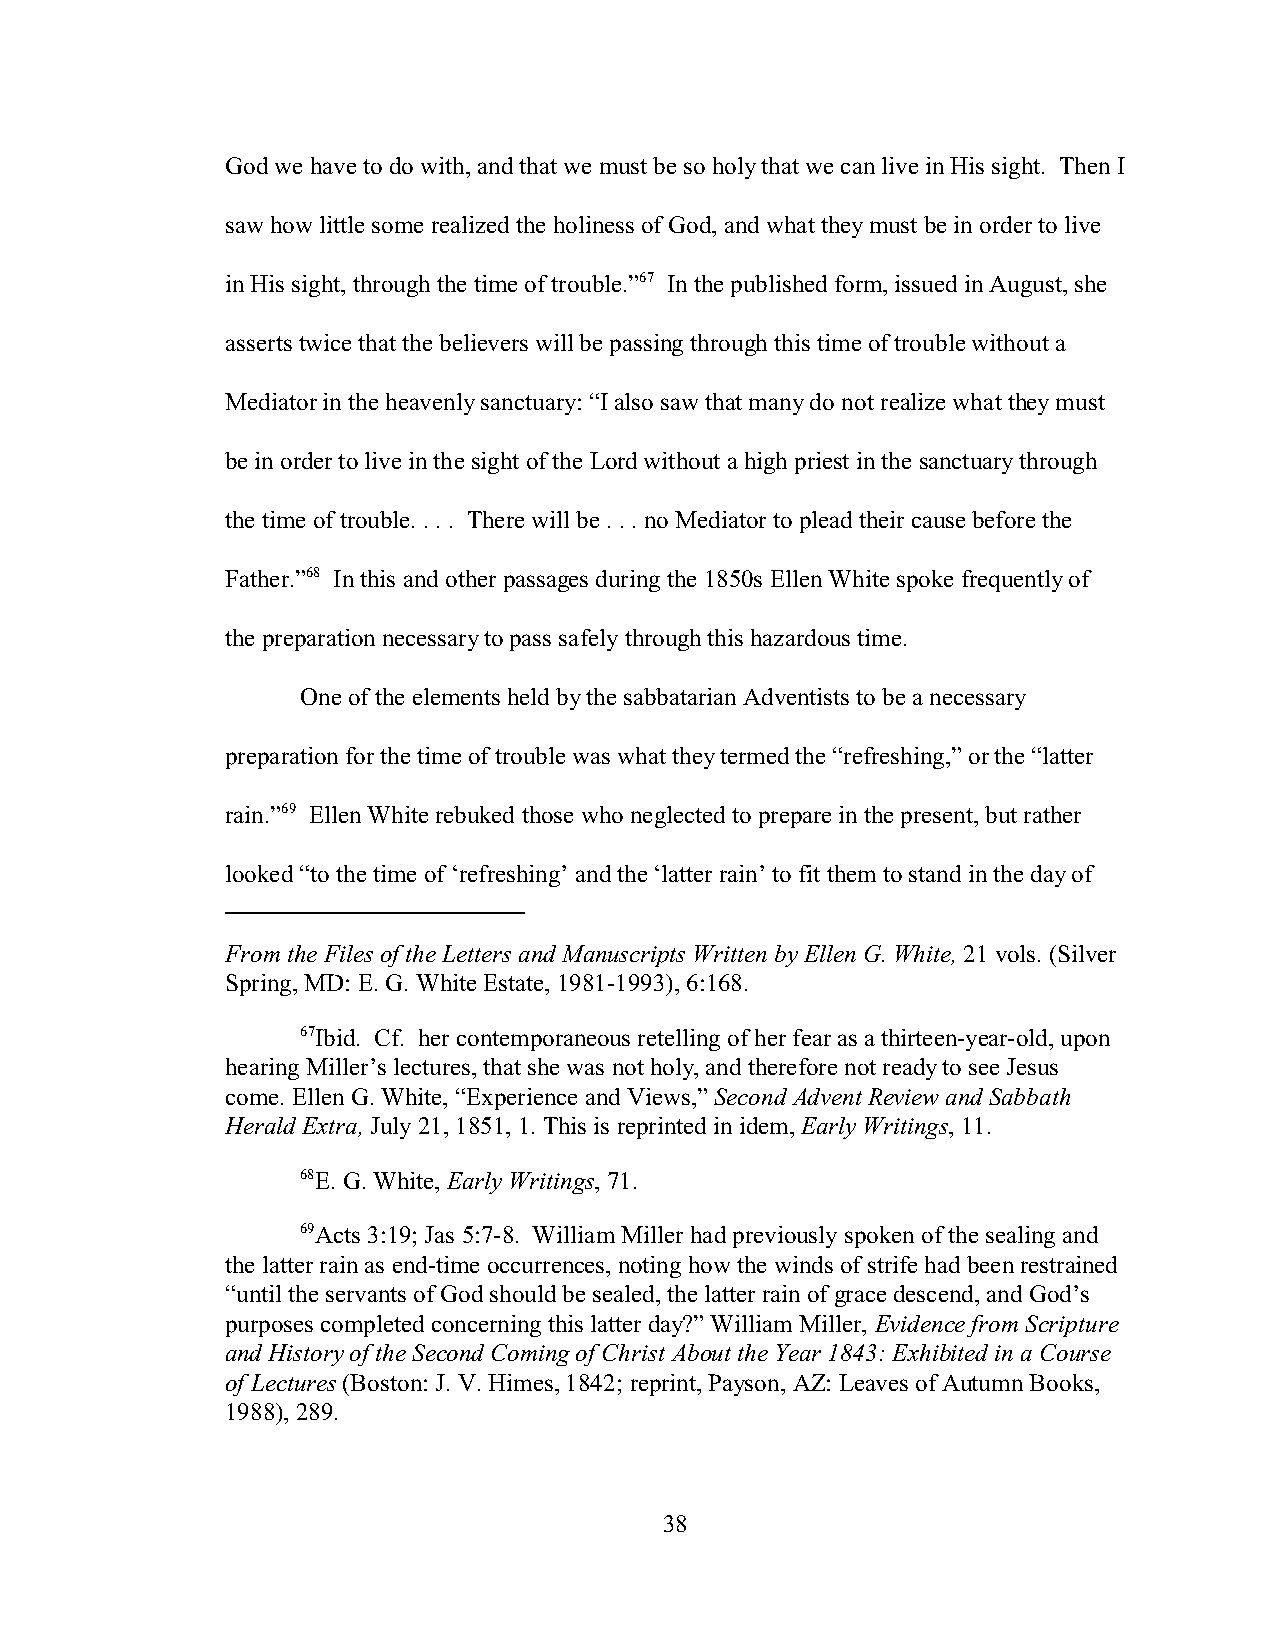
God we have to do with, and that we must be so holy that we can live in His sight. Then I
 saw how little some realized the holiness of God, and what they must be in order to live
 in His sight, through the time of trouble.”67 In the published form, issued in August, she
 asserts twice that the believers will be passing through this time of trouble without a
 Mediator in the heavenly sanctuary: “I also saw that many do not realize what they must
 be in order to live in the sight of the Lord without a high priest in the sanctuary through
 the time of trouble. . . . There will be . . . no Mediator to plead their cause before the
 Father.”68 In this and other passages during the 1850s Ellen White spoke frequently of
 the preparation necessary to pass safely through this hazardous time.
 One of the elements held by the sabbatarian Adventists to be a necessary
 preparation for the time of trouble was what they termed the “refreshing,” or the “latter
 rain.”69 Ellen White rebuked those who neglected to prepare in the present, but rather
 looked “to the time of ‘refreshing’ and the ‘latter rain’ to fit them to stand in the day of
 From the Files of the Letters and Manuscripts Written by Ellen G. White, 21 vols. (Silver
 Spring, MD: E. G. White Estate, 1981-1993), 6:168.
 67Ibid. Cf. her contemporaneous retelling of her fear as a thirteen-year-old, upon
 hearing Miller’s lectures, that she was not holy, and therefore not ready to see Jesus
 come. Ellen G. White, “Experience and Views,” Second Advent Review and Sabbath
 Herald Extra, July 21, 1851, 1. This is reprinted in idem, Early Writings, 11.
 68E. G. White, Early Writings, 71.
 69Acts 3:19; Jas 5:7-8. William Miller had previously spoken of the sealing and
 the latter rain as end-time occurrences, noting how the winds of strife had been restrained
 “until the servants of God should be sealed, the latter rain of grace descend, and God’s
 purposes completed concerning this latter day?” William Miller, Evidence from Scripture
 and History of the Second Coming of Christ About the Year 1843: Exhibited in a Course
 of Lectures (Boston: J. V. Himes, 1842; reprint, Payson, AZ: Leaves of Autumn Books,
 1988), 289.
 38